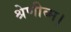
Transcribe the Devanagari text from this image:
श्रेणीव्म।